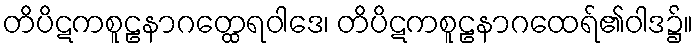
တိပိဋကစူဠနာဂတ္ထေရဝါဒေ၊ တိပိဋကစူဠနာဂထေရ်၏ဝါဒ၌။